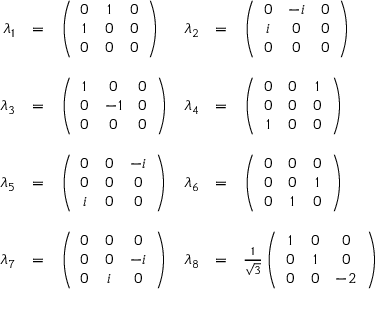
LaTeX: \begin{array} { r c l r c l } { { \lambda _ { 1 } } } & { { = } } & { { \left( \begin{array} { c c c } { { 0 } } & { { 1 } } & { { 0 } } \\ { { 1 } } & { { 0 } } & { { 0 } } \\ { { 0 } } & { { 0 } } & { { 0 } } \end{array} \right) } } & { { \lambda _ { 2 } } } & { { = } } & { { \left( \begin{array} { c c c } { { 0 } } & { { - i } } & { { 0 } } \\ { { i } } & { { 0 } } & { { 0 } } \\ { { 0 } } & { { 0 } } & { { 0 } } \end{array} \right) } } \\ { { } } & { { } } & { { } } & { { } } & { { } } & { { } } \\ { { \lambda _ { 3 } } } & { { = } } & { { \left( \begin{array} { c c c } { { 1 } } & { { 0 } } & { { 0 } } \\ { { 0 } } & { { - 1 } } & { { 0 } } \\ { { 0 } } & { { 0 } } & { { 0 } } \end{array} \right) } } & { { \lambda _ { 4 } } } & { { = } } & { { \left( \begin{array} { c c c } { { 0 } } & { { 0 } } & { { 1 } } \\ { { 0 } } & { { 0 } } & { { 0 } } \\ { { 1 } } & { { 0 } } & { { 0 } } \end{array} \right) } } \\ { { } } & { { } } & { { } } & { { } } & { { } } & { { } } \\ { { \lambda _ { 5 } } } & { { = } } & { { \left( \begin{array} { c c c } { { 0 } } & { { 0 } } & { { - i } } \\ { { 0 } } & { { 0 } } & { { 0 } } \\ { { i } } & { { 0 } } & { { 0 } } \end{array} \right) } } & { { \lambda _ { 6 } } } & { { = } } & { { \left( \begin{array} { c c c } { { 0 } } & { { 0 } } & { { 0 } } \\ { { 0 } } & { { 0 } } & { { 1 } } \\ { { 0 } } & { { 1 } } & { { 0 } } \end{array} \right) } } \\ { { } } & { { } } & { { } } & { { } } & { { } } & { { } } \\ { { \lambda _ { 7 } } } & { { = } } & { { \left( \begin{array} { c c c } { { 0 } } & { { 0 } } & { { 0 } } \\ { { 0 } } & { { 0 } } & { { - i } } \\ { { 0 } } & { { i } } & { { 0 } } \end{array} \right) } } & { { \lambda _ { 8 } } } & { { = } } & { { \frac { 1 } { \sqrt { 3 } } \left( \begin{array} { c c c } { { 1 } } & { { 0 } } & { { 0 } } \\ { { 0 } } & { { 1 } } & { { 0 } } \\ { { 0 } } & { { 0 } } & { { - 2 } } \end{array} \right) } } \end{array}